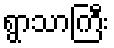
ရွာသာကြီး